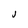
Character: J